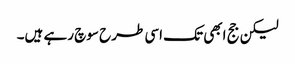
لیکن جج ابھی تک اسی طرح سوچ رہے ہیں۔